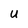
Character: U